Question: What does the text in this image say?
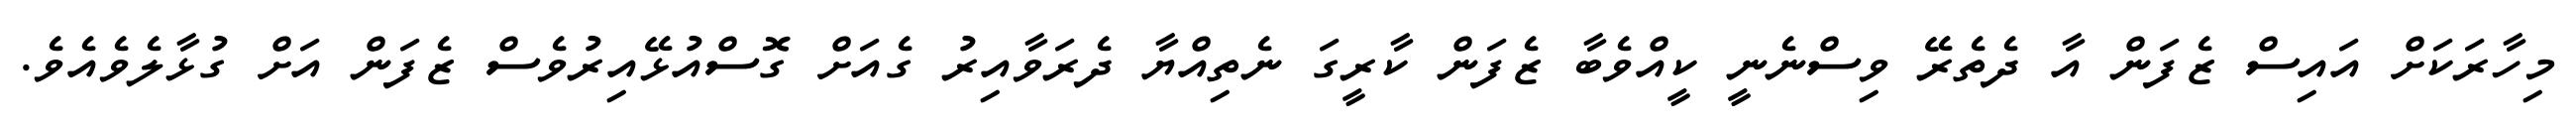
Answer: މިހާރަކަށް އައިސް ޒެފަން އާ ދެތެރޭ ވިސްނެނީ ކީއްވެބާ ޒެފަން ކާރީގަ ނެތިއްޔާ ދެރަވާއިރު ގެއަށް ގޮސްއުޅޭއިރުވެސް ޒެފަން އަށް ގުޅާލެވެއެވެ.